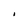
Character: I